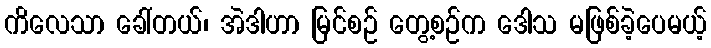
ကိလေသာ ခေါ်တယ်၊ အဲဒါဟာ မြင်စဉ် တွေ့စဉ်က ဒေါသ မဖြစ်ခဲ့ပေမယ့်